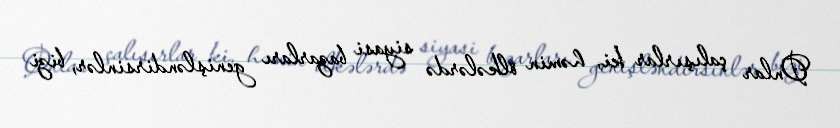
Onlar çalışırlar ki, həmin ölkələrdə siyasi bazarları genişləndirsinlər, bizi